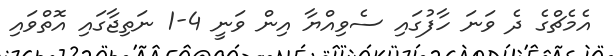
އެމެޗްގެ ދެ ވަނަ ހާފުގައި ސެވިއްޔާ އިން ވަނީ 4-1 ނަތިޖާގައި އޮތްވައި